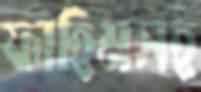
ফাহিমসহ